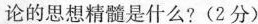
论的思想精髓是什么? (2分)